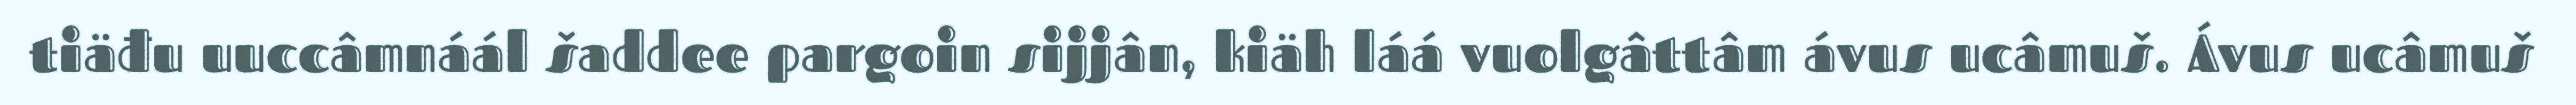
tiäđu uuccâmnáál šaddee pargoin sijjân, kiäh láá vuolgâttâm ávus ucâmuš. Ávus ucâmuš